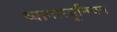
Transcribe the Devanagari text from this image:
व्यापारयूनियन